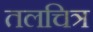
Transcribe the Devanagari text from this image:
तलचित्र